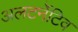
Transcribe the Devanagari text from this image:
अलटर्नेटिव